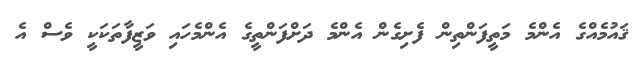
ޤައުމެއްގެ އެންމެ މަތީފަންތިން ފެށިގެން އެންމެ ދަށްފަންތީގެ އެންމެހައި ވަޒީފާތަކަކީ ވެސް އެ